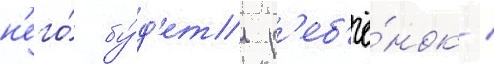
н'его́ бу́д'ет р'еб'ё́нок /